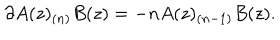
\partial A ( z ) _ { ( n ) } B ( z ) = - n A ( z ) _ { ( n - 1 ) } B ( z ) .